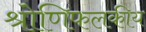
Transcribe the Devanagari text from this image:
श्रोणिफलकीय